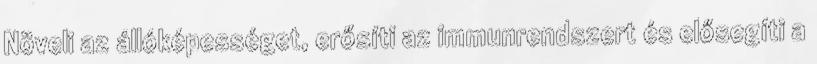
Növeli az állóképességet, erősíti az immunrendszert és elősegíti a